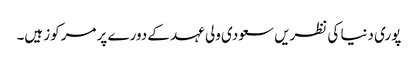
پوری دنیا کی نظریں سعودی ولی عہد کے دورے پر مرکوز ہیں۔